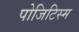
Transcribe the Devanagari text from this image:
पोजिटिस्म